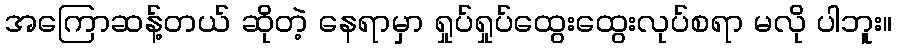
အကြောဆန့်တယ် ဆိုတဲ့ နေရာမှာ ရှုပ်ရှုပ်ထွေးထွေးလုပ်စရာ မလို ပါဘူး။